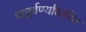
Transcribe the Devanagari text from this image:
चातुर्वर्ण्याधारित